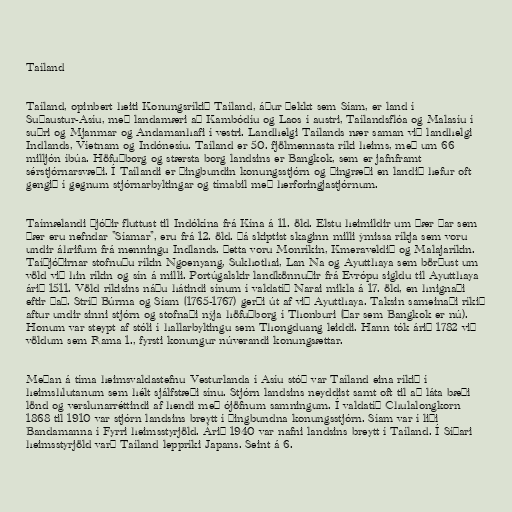
Taíland

Taíland, opinbert heiti Konungsríkið Taíland, áður þekkt sem Síam, er land í
Suðaustur-Asíu, með landamæri að Kambódíu og Laos í austri, Taílandsflóa og Malasíu í
suðri og Mjanmar og Andamanhafi í vestri. Landhelgi Taílands nær saman við landhelgi
Indlands, Víetnam og Indónesíu. Taíland er 50. fjölmennasta ríki heims, með um 66
milljón íbúa. Höfuðborg og stærsta borg landsins er Bangkok, sem er jafnframt
sérstjórnarsvæði. Í Taílandi er þingbundin konungsstjórn og þingræði en landið hefur oft
gengið í gegnum stjórnarbyltingar og tímabil með herforingjastjórnum.

Taímælandi þjóðir fluttust til Indókína frá Kína á 11. öld. Elstu heimildir um þær þar sem
þær eru nefndar "Síamar", eru frá 12. öld. Þá skiptist skaginn milli ýmissa ríkja sem voru
undir áhrifum frá menningu Indlands. Þetta voru Monríkin, Kmeraveldið og Malajaríkin.
Taíþjóðirnar stofnuðu ríkin Ngoenyang, Sukhothai, Lan Na og Ayutthaya sem börðust um
völd við hin ríkin og sín á milli. Portúgalskir landkönnuðir frá Evrópu sigldu til Ayutthaya
árið 1511. Völd ríkisins náðu hátindi sínum í valdatíð Narai mikla á 17. öld, en hnignaði
eftir það. Stríð Búrma og Síam (1765-1767) gerði út af við Ayutthaya. Taksin sameinaði ríkið
aftur undir sinni stjórn og stofnaði nýja höfuðborg í Thonburi (þar sem Bangkok er nú).
Honum var steypt af stóli í hallarbyltingu sem Thongduang leiddi. Hann tók árið 1782 við
völdum sem Rama 1., fyrsti konungur núverandi konungsættar.

Meðan á tíma heimsvaldastefnu Vesturlanda í Asíu stóð var Taíland eina ríkið í
heimshlutanum sem hélt sjálfstæði sínu. Stjórn landsins neyddist samt oft til að láta bæði
lönd og verslunarréttindi af hendi með ójöfnum samningum. Í valdatíð Chulalongkorn
1868 til 1910 var stjórn landsins breytt í þingbundna konungsstjórn. Síam var í liði
Bandamanna í Fyrri heimsstyrjöld. Árið 1940 var nafni landsins breytt í Taíland. Í Síðari
heimsstyrjöld varð Taíland leppríki Japans. Seint á 6.